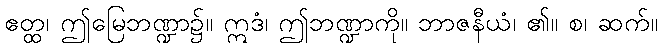
ဧတ္ထ၊ ဤမြေဘဏ္ဍာ၌။ ဣဒံ၊ ဤဘဏ္ဍာကို။ ဘာဇနီယံ၊ ၏။ စ၊ ဆက်။